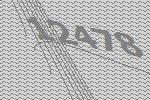
12478